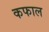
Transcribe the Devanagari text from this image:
कफाल